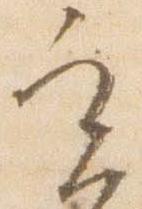
実